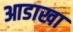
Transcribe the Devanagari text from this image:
आडाखा